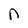
Character: n